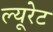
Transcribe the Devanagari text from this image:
ल्यूरेट